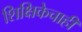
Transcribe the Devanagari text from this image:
शिक्षिकेचाही